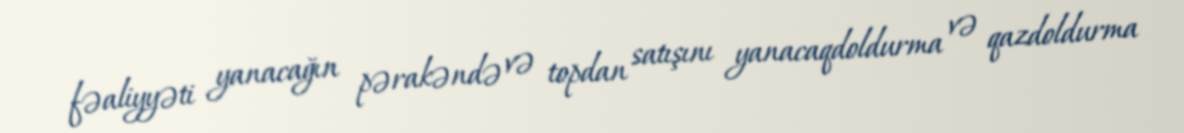
fəaliyyəti yanacağın pərakəndə və topdan satışını yanacaqdoldurma və qazdoldurma